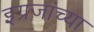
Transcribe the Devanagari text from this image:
इग्रजांच्या